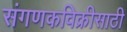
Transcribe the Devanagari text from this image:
संगणकविक्रीसाठी